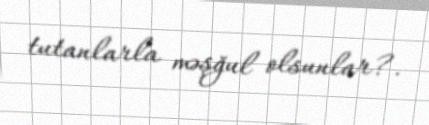
tutanlarla məşğul olsunlar?.